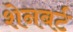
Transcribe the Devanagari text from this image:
शेनबर्ट